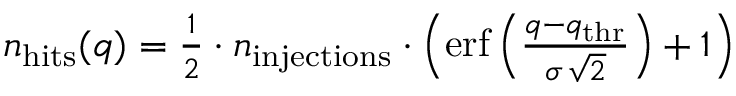
\begin{array} { r } { n _ { \mathrm { h i t s } } ( q ) = \frac { 1 } { 2 } \cdot n _ { \mathrm { i n j e c t i o n s } } \cdot \left( \mathrm { e r f } \left( \frac { q - q _ { \mathrm { t h r } } } { \sigma \, \sqrt { 2 } } \right) + 1 \right) } \end{array}